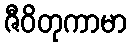
ဇီဝိတုကာမာ